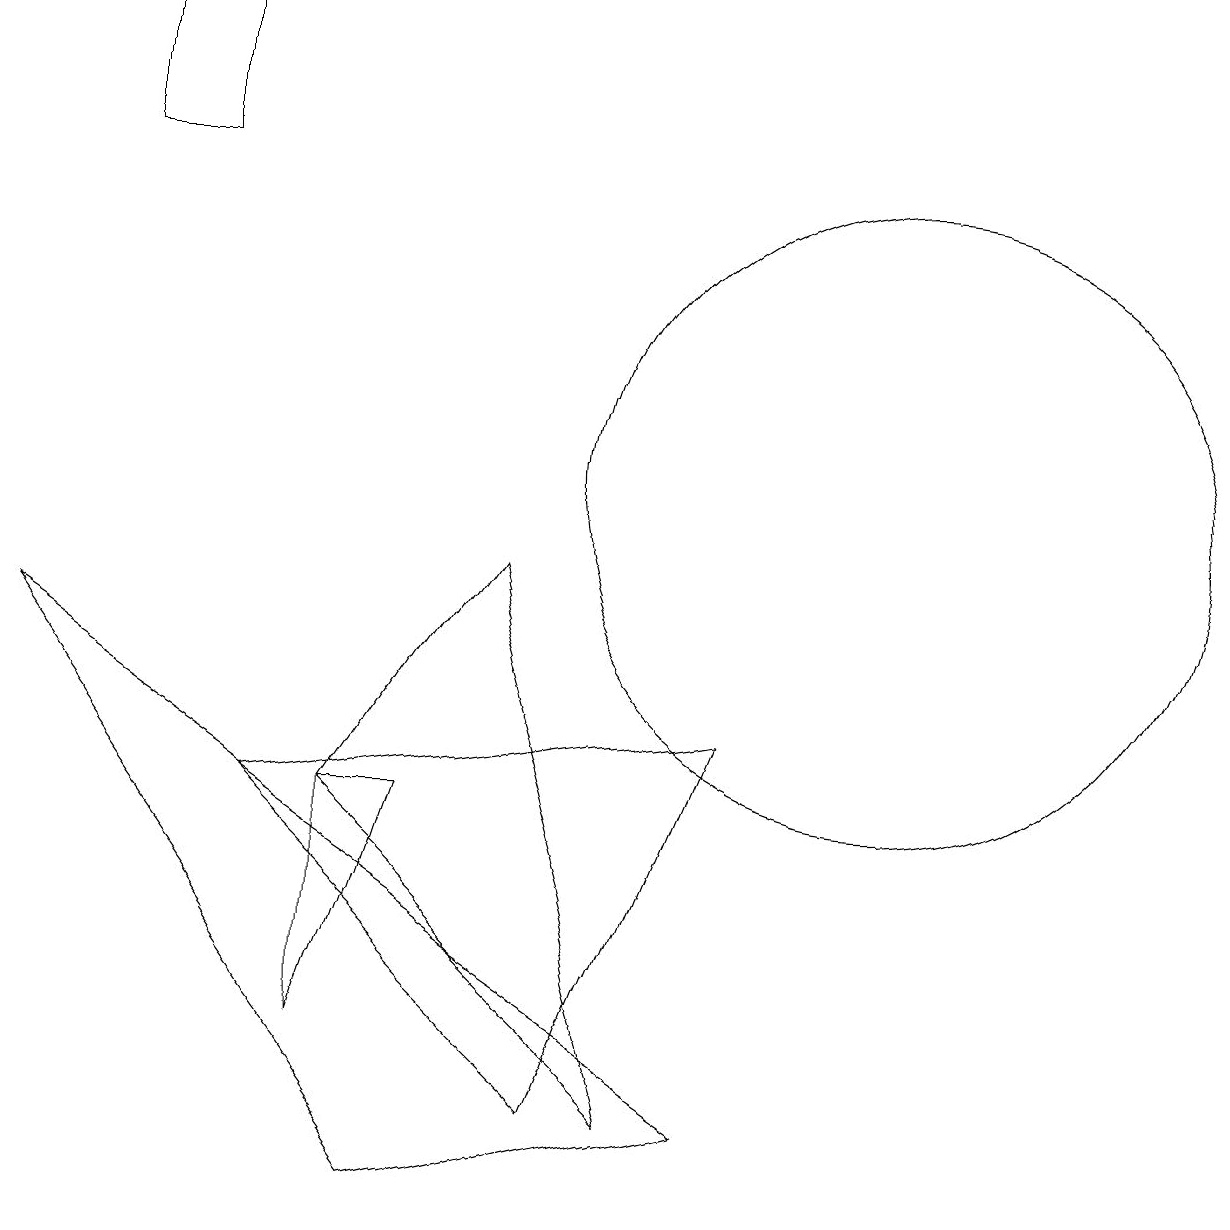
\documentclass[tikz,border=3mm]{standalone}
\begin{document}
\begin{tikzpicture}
\draw (5,1) -- (0,8) -- (9,2) -- cycle;
\draw (11,10) circle (4);
\draw (3,6) -- (9,7) -- (7,2) -- cycle;
\draw (6,9) -- (4,6) -- (8,2) -- cycle;
\draw (4,6) -- (5,6) -- (4,3) -- cycle;
\draw (1,16) rectangle (2,14);
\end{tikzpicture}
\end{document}